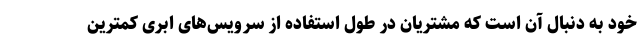
خود به دنبال آن است که مشتریان در طول استفاده از سرویس‌های ابری کمترین